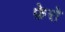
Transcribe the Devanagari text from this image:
फ़ेरो